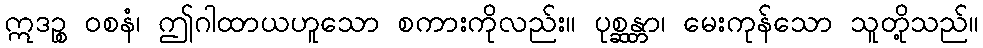
ဣဒဉ္စ ဝစနံ၊ ဤဂါထာယဟူသော စကားကိုလည်း။ ပုစ္ဆန္တာ၊ မေးကုန်သော သူတို့သည်။